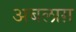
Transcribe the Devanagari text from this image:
अबलाग़